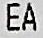
EA